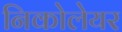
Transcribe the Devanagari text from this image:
निकोलेयर